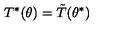
T ^ { * } ( \theta ) = \tilde { T } ( \theta ^ { * } )